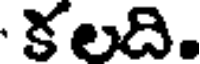
కలది.